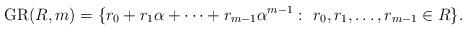
LaTeX: \begin{align*}{\rm GR}(R, m)=\{r_0+r_1\alpha+\cdots+r_{m-1}\alpha^{m-1}:~r_0, r_1, \ldots, r_{m-1}\in R\}.\end{align*}